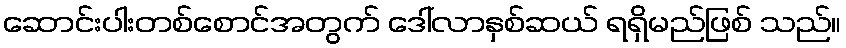
ဆောင်းပါးတစ်စောင်အတွက် ဒေါ်လာနှစ်ဆယ် ရရှိမည်ဖြစ် သည်။